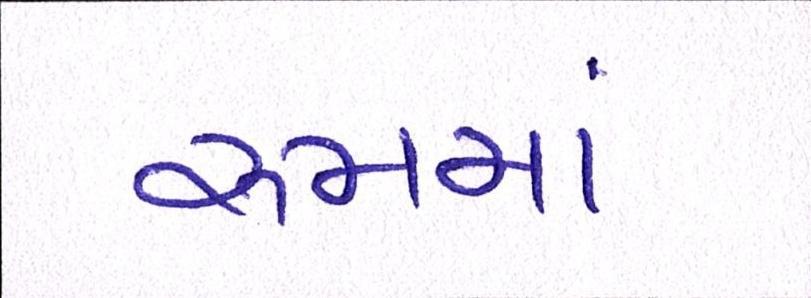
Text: રૂમમાં